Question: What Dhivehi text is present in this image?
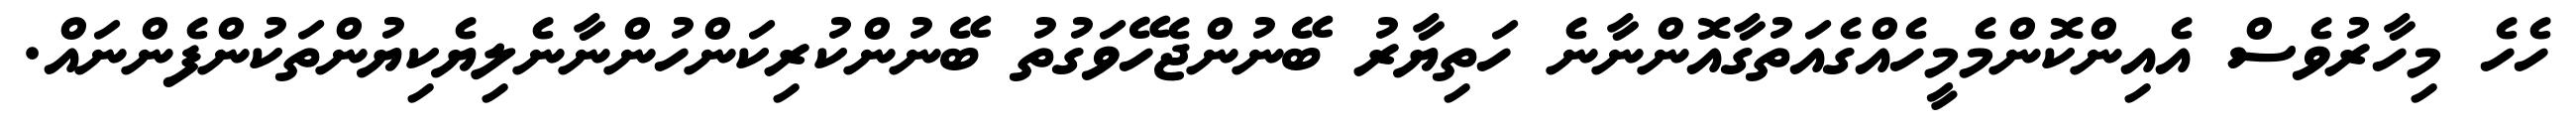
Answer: ހެހެ މިހާރުވެސް އެއިންކޮންމެމީހެއްގެއަތުގާއޮންނާނެ ހަތިޔާރު ބޭނުންޖެހޭވަގުތު ބޭނުންކުރިކަންހުންނާނެލިޔެކިޔުންތަކުންފެންނައް.